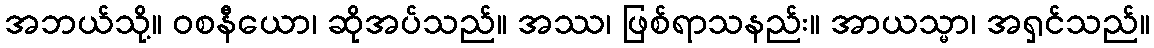
အဘယ်သို့။ ဝစနီယော၊ ဆိုအပ်သည်။ အဿ၊ ဖြစ်ရာသနည်း။ အာယသ္မာ၊ အရှင်သည်။